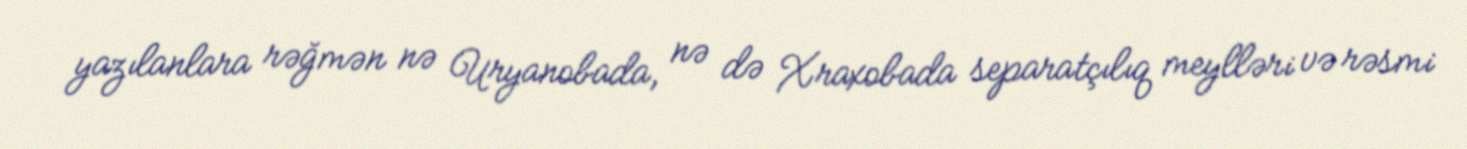
yazılanlara rəğmən nə Uryanobada, nə də Xraxobada separatçılıq meylləri və rəsmi